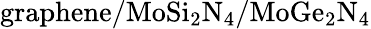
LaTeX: \mathrm{graphene/MoSi_{2}N_{4}/MoGe_{2}N_{4}}